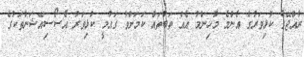
ރާއްޖޭގެ ކުޅިވަރުގެ އެންމެ މުހިންމު އެއް ތަބުތައް ކަމަށްވާ ގައުމީ ކުޅިވަރު އެސޯސިއޭޝަންތަކުގެ